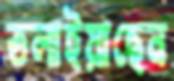
তলাইয়াছেন